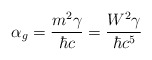
\begin{align*}\alpha_{g} = \frac{m^{2}\gamma}{\hbar c} =\frac{W^{2}\gamma}{\hbar c^{5}}\end{align*}